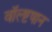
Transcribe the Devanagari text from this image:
वॉल्ष्टषान